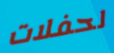
لحفلات